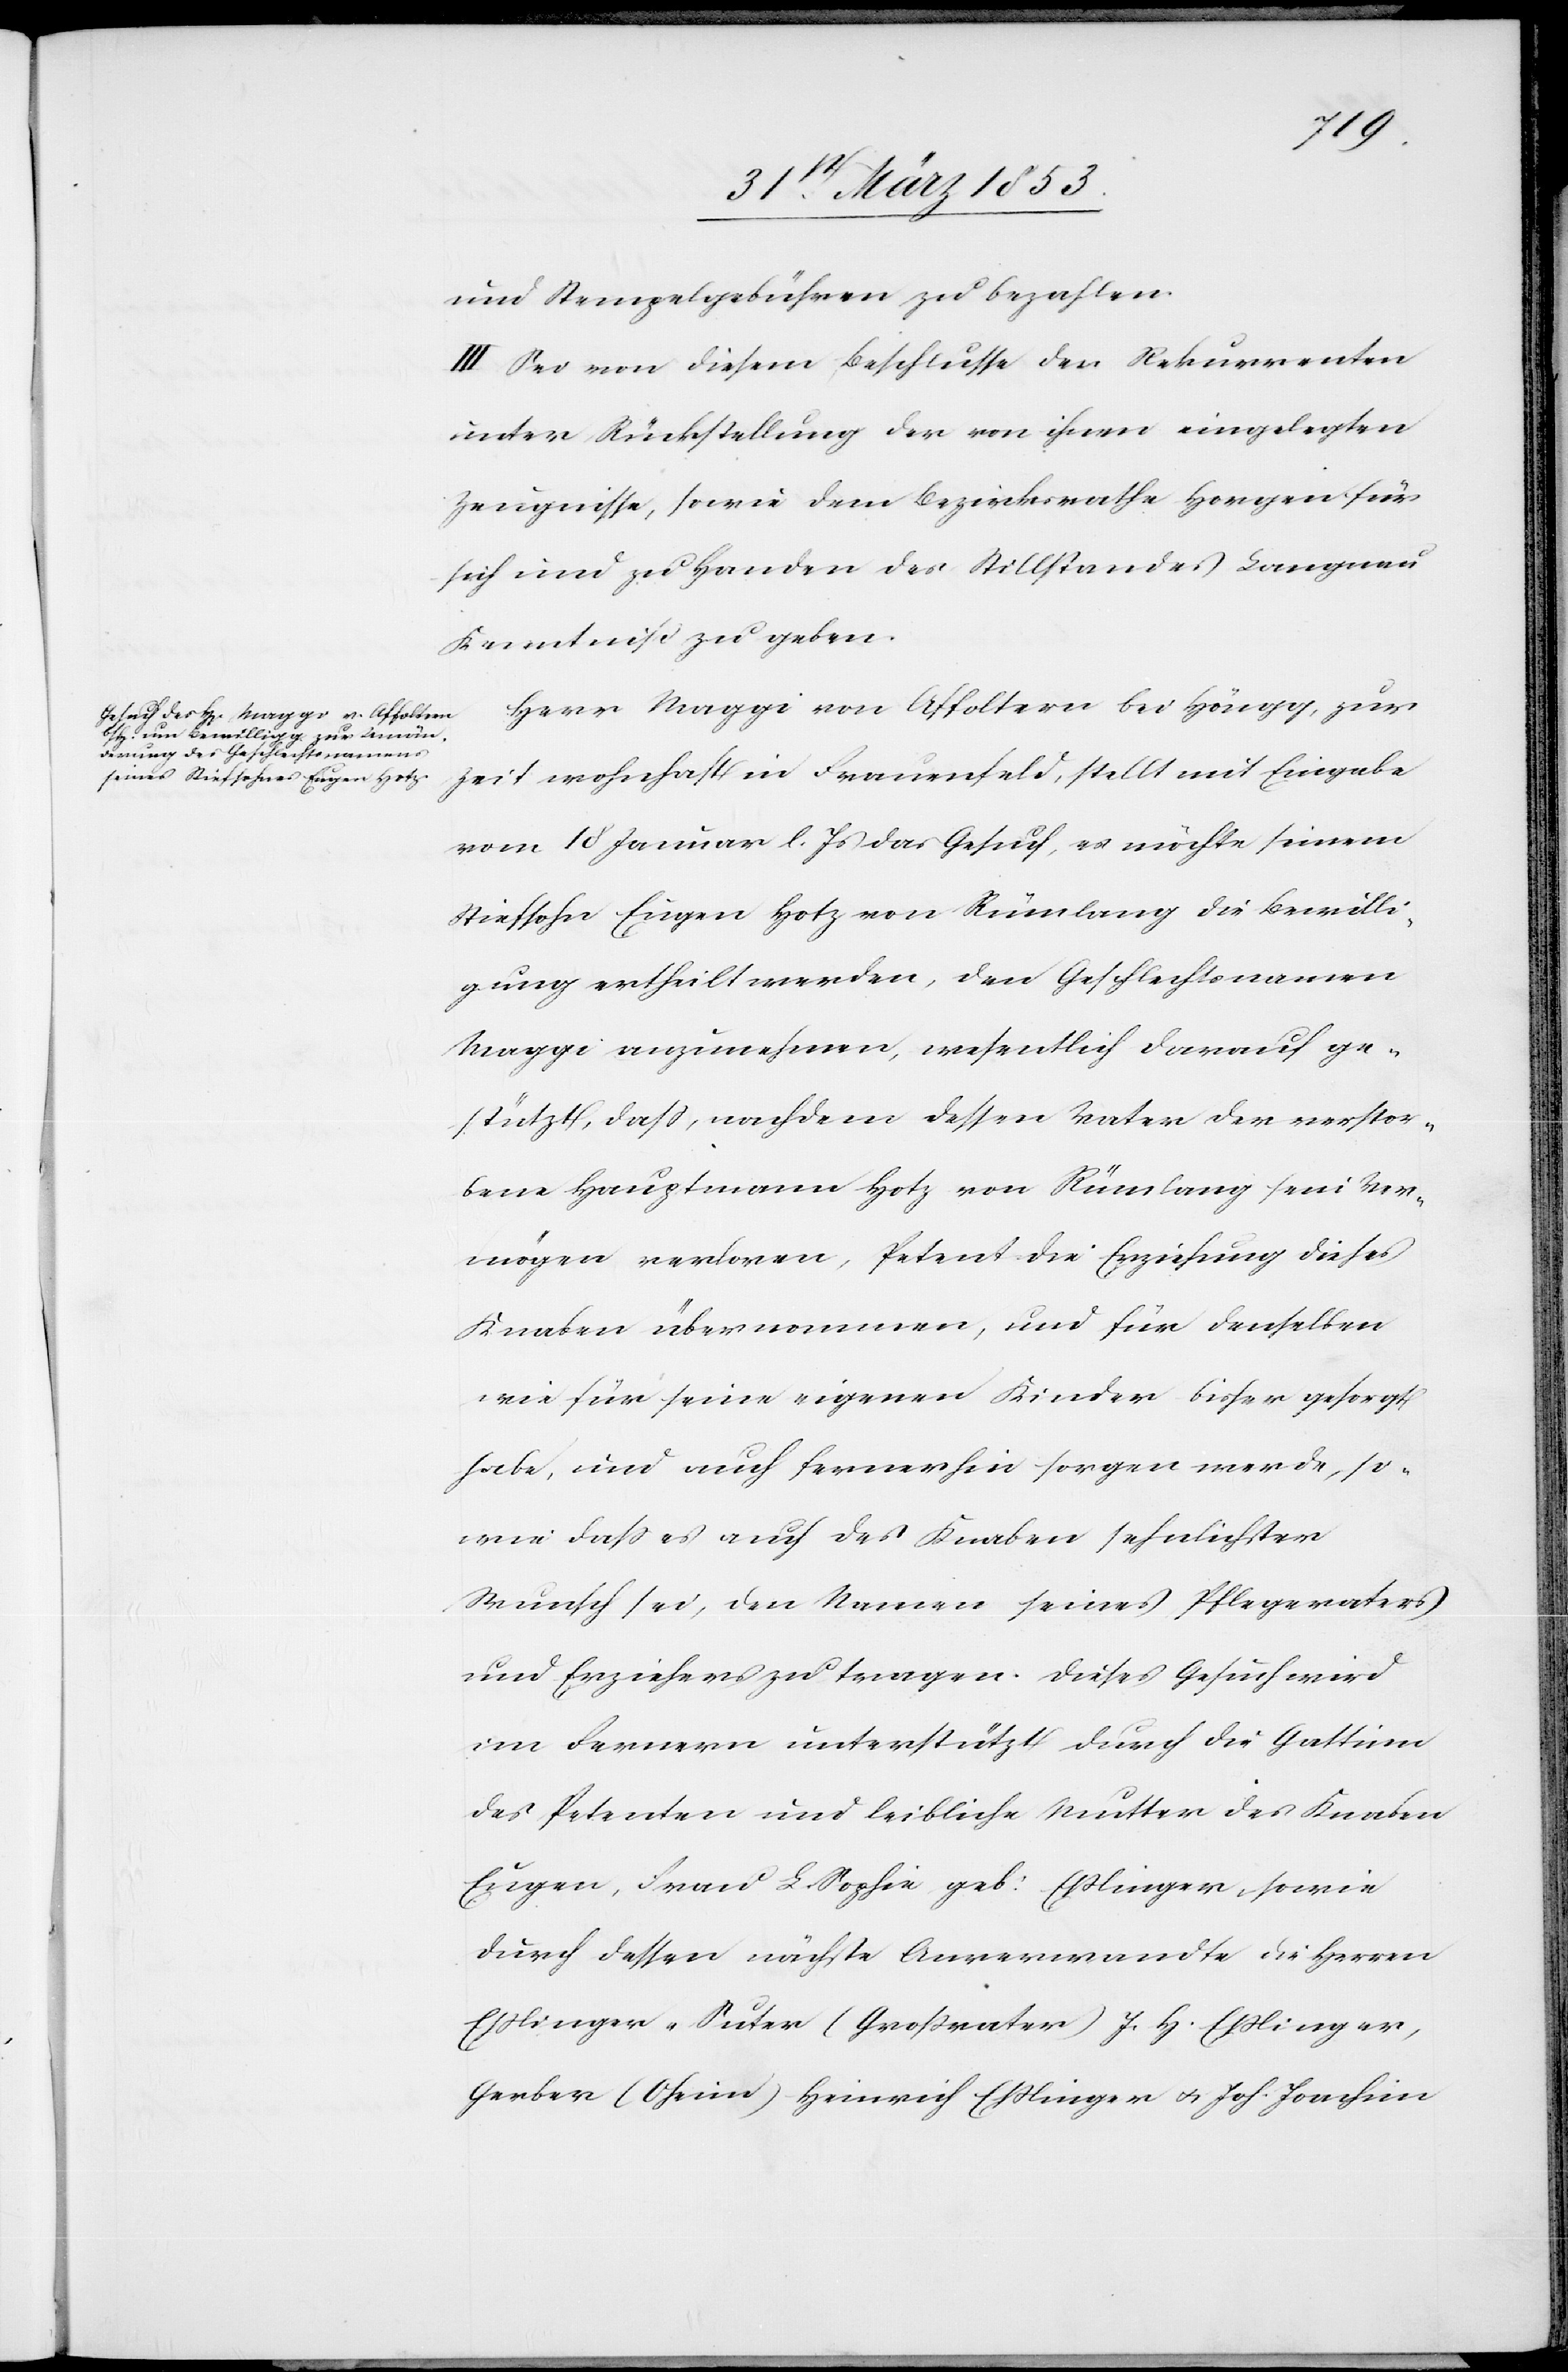
u. Stempelgebühren zu bezahlen.
III. Sei von diesem Beschlusse der Rekurrenten
unter Rückstellung der von ihnen eingelegten
Zeugnisse, sowie dem Bezirksrathe Horgen für
sich und zu Handen des Stillstandes Langnau
Kenntniß zu geben.
Herr Maggi von Affoltern bei Höngg, zur
Zeit wohnhaft in Frauenfeld stellt mit Eingabe
vom 18 Januar l. Js. das Gesuch, es möchte seinem
Stiefsohn Eugen Hotz von Rümlang die Bewilli¬
gung ertheilt werden, den Geschlechtsnamen
Maggi anzunehmen, wesentlich darauf ge¬
stützt, daß, nachdem dessen Vater der verstor¬
bene Hauptmann Hotz von Rümlang sein Ver¬
mögen verloren, Petent die Erziehung dieses
Knaben übernommen, und für denselben
wie für seine eigenen Kinder bisher gesorgt
habe, und auch fernerhin sorgen werde, so¬
wie daß es auch des Knaben sehnlichsten
Wunsch sei, den Namen seines Pflegevaters
und Erziehers zu tragen. Dieses Gesuch wird
im Fernern unterstützt durch die Gattinn
des Petenten und leibliche Mutter des Knaben
Eugen, Frau L. Sophie geb. Eßlinger, sowie
durch dessen nächste Anverwandte die Herrn
Eßlinger-Suter (Großvater) J. H. Eßlinger,
Gerber (Oheim) Heinrich Eßlinger u. Jos. Joachim